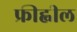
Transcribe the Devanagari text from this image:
फ्रीह्वील